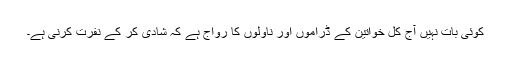
کوئی بات نہیں آج کل خواتین کے ڈراموں اور ناولوں کا رواج ہے کہ شادی کر کے نفرت کرنی ہے۔